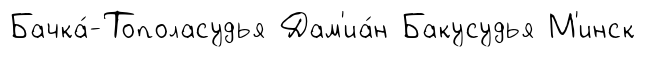
Бачка́-Тополасудья Дам'иа́н Бакусудья М'инск